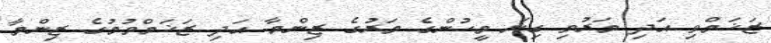
ޒަޚަމްވި އަދި މަރުވި ގިނަ މީހުންގެ މަރުގެ ޒިންމާ އަދި ޒަޚަމްވުމުގެ ޒިންމާ